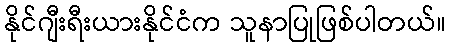
နိုင်ဂျီးရီးယားနိုင်ငံက သူနာပြုဖြစ်ပါတယ်။